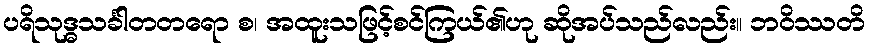
ပရိသုဒ္ဓသင်္ခါတတရော စ၊ အထူးသဖြင့်စင်ကြယ်၏ဟု ဆိုအပ်သည်လည်း။ ဘဝိဿတိ